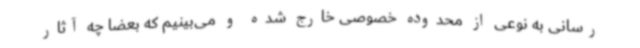
‌رسانی به نوعی از محدوده خصوصی خارج شده و می‌بینیم که بعضا چه آثار